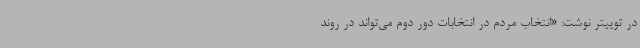
در توییتر نوشت: «انتخاب مردم در انتخابات دور دوم می‌تواند در روند